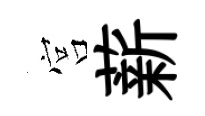
宫薪